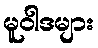
မူဝါဒများ